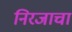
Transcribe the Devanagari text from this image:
निरजाचा